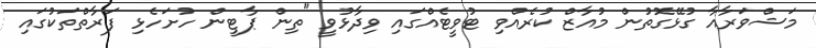
މަޝްވަރާއާ ގުޅޭގޮތުން މުއާޒް ކުރެއްވި ޓުވީޓެއްގައި ވިދާޅުވީ "ތިން ޕާޓީން ހުށަހެޅި ފަރާތްތަކުގައި